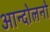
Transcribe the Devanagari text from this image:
आन्दोलनो